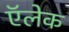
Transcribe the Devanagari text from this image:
ऍलेक